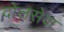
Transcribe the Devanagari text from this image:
दोलसेवा